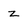
Character: z